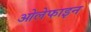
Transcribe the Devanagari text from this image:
ओलेफाइन